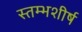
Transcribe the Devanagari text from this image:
स्तम्भशीर्ष